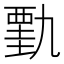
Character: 𰴋